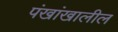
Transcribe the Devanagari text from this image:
पंखांखालील